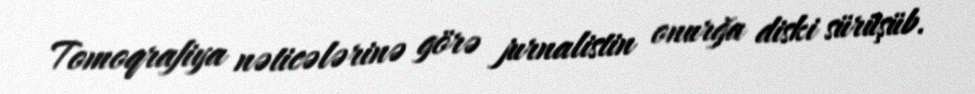
Tomoqrafiya nəticələrinə görə jurnalistin onurğa diski sürüşüb.